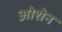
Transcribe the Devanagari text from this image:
ओशेन